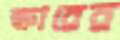
ক্ষারের